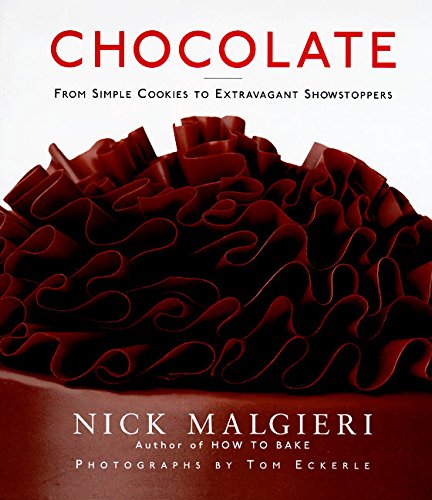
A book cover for Chocolate: From Simple Cookies to Extravagant Showstoppers; Nick Malgieri; Cookbooks, Food & Wine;